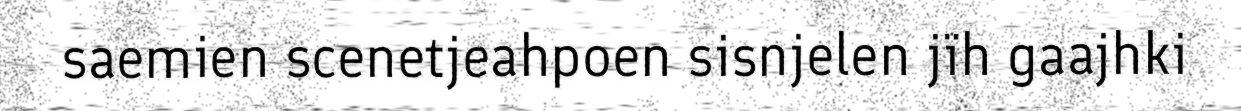
saemien scenetjeahpoen sisnjelen jïh gaajhki